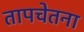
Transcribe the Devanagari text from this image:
तापचेतना